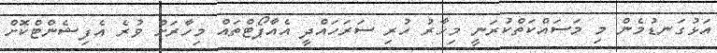
އަޅުގަނޑުމެން މި މަސައްކަތްކުރަނީ މިހާރު ހުރި ސަރަހައްދީ އެއާޕޯޓްތައް މިހާރަށް ވުރެ އެފިޝެންޓްކޮށް